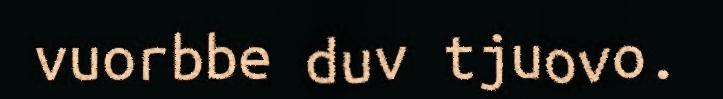
vuorbbe duv tjuovo.